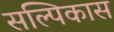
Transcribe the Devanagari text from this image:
सल्पिकास